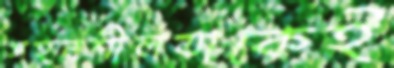
সহনশীলতাকেই